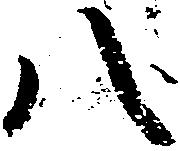
八